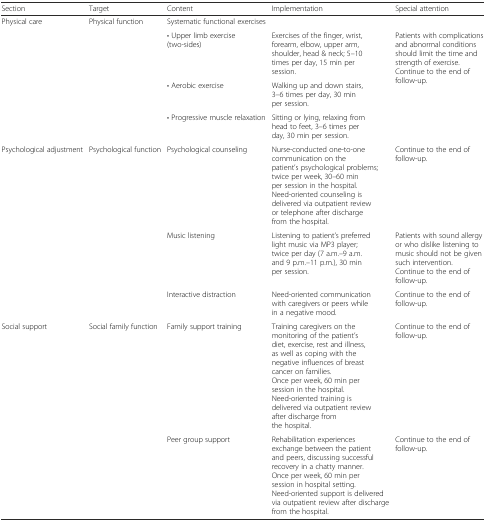
<table><thead><tr><td><b>Section</b></td><td><b>Target</b></td><td><b>Content</b></td><td><b>Implementation</b></td><td><b>Special attention</b></td></tr></thead><tbody><tr><td>Physical care</td><td>Physical function</td><td>Systematic functional exercises</td><td></td><td></td></tr><tr><td></td><td></td><td>• Upper limb exercise (two-sides)</td><td>Exercises of the finger, wrist, forearm, elbow, upper arm, shoulder, head &amp; neck; 5–10 times per day, 15 min per session.</td><td rowspan="3">Patients with complications and abnormal conditions should limit the time and strength of exercise.Continue to the end of follow-up.</td></tr><tr><td></td><td></td><td>• Aerobic exercise</td><td>Walking up and down stairs, 3–6 times per day, 30 min per session.</td></tr><tr><td></td><td></td><td>• Progressive muscle relaxation</td><td>Sitting or lying, relaxing from head to feet, 3–6 times per day, 30 min per session.</td></tr><tr><td>Psychological adjustment</td><td>Psychological function</td><td>Psychological counseling</td><td>Nurse-conducted one-to-one communication on the patient’s psychological problems; twice per week, 30–60 min per session in the hospital.Need-oriented counseling is delivered via outpatient review or telephone after discharge from the hospital.</td><td>Continue to the end of follow-up.</td></tr><tr><td></td><td></td><td>Music listening</td><td>Listening to patient’s preferred light music via MP3 player; twice per day (7 a.m.–9 a.m. and 9 p.m.–11 p.m.), 30 min per session.</td><td>Patients with sound allergy or who dislike listening to music should not be given such intervention.Continue to the end of follow-up.</td></tr><tr><td></td><td></td><td>Interactive distraction</td><td>Need-oriented communication with caregivers or peers while in a negative mood.</td><td>Continue to the end of follow-up.</td></tr><tr><td>Social support</td><td>Social family function</td><td>Family support training</td><td>Training caregivers on the monitoring of the patient’s diet, exercise, rest and illness, as well as coping with the negative influences of breast cancer on families.Once per week, 60 min per session in the hospital.Need-oriented training is delivered via outpatient review after discharge from the hospital.</td><td>Continue to the end of follow-up.</td></tr><tr><td></td><td></td><td>Peer group support</td><td>Rehabilitation experiences exchange between the patient and peers, discussing successful recovery in a chatty manner.Once per week, 60 min per session in hospital setting.Need-oriented support is delivered via outpatient review after discharge from the hospital.</td><td>Continue to the end of follow-up.</td></tr></tbody></table>